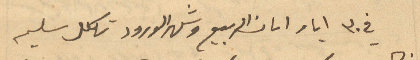
في 30 ايار امان الربيع وشهر الورود تكلل سليم